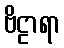
ဗိဠာရာ